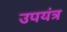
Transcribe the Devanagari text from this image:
उपयंत्र